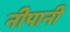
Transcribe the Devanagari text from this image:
नीपानी